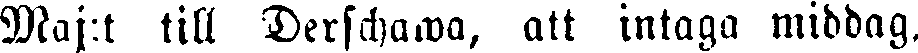
Maj:t till Derschawa, att intaga middag,